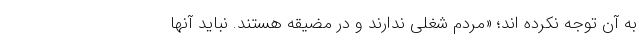
به آن توجه نکرده اند؛ «مردم شغلی ندارند و در مضیقه هستند. نباید آنها